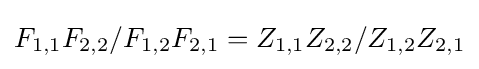
{F_{1,1}F_{2,2}}/{F_{1,2}F_{2,1}}={Z_{1,1}Z_{2,2}}/{Z_{1,2}Z_{2,1}}